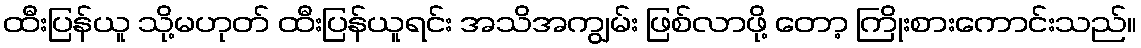
ထီးပြန်ယူ သို့မဟုတ် ထီးပြန်ယူရင်း အသိအကျွမ်း ဖြစ်လာဖို့ တော့ ကြိုးစားကောင်းသည်။